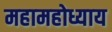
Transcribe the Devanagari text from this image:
महामहोध्याय